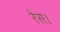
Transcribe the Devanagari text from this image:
रेस।